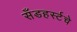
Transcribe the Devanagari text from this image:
सँडहर्स्टचे